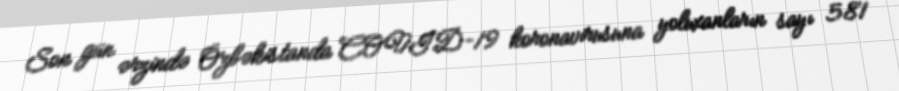
Son gün ərzində Özbəkistanda COVID-19 koronavirusuna yoluxanların sayı 581